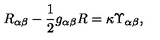
R _ { \alpha \beta } - \frac { 1 } { 2 } g _ { \alpha \beta } R = \kappa \Upsilon _ { \alpha \beta } ,